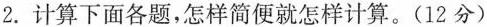
2.计算下面各题，怎样简便就怎样计算。(12分)